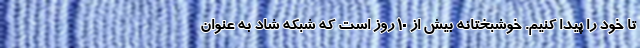
تا خود را پیدا کنیم. خوشبختانه بیش از ۱۰ روز است که شبکه شاد به عنوان